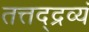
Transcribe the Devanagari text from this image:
तत्तद्द्रव्यं